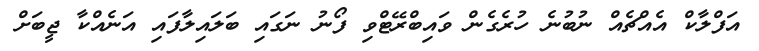
އަފްލާކް އެއްޗެއް ނުބުނެ ހުރެގެން ވައިބްރޭޓްވި ފޯނު ނަގައި ބަލައިލާފައި އަނެއްކާ ޖީބަށް